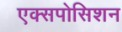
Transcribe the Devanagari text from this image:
एक्सपोसिशन